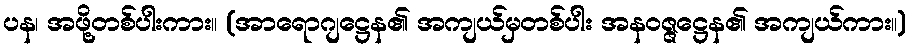
ပန၊ အဖို့တစ်ပါးကား။ (အာရောဂျဋ္ဌေန၏ အကျယ်မှတစ်ပါး အနဝဇ္ဇဋ္ဌေန၏ အကျယ်ကား။)